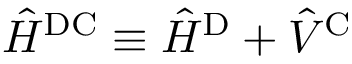
\hat { H } ^ { \mathrm { D C } } \equiv \hat { H } ^ { \mathrm { D } } + \hat { V } ^ { \mathrm { C } }